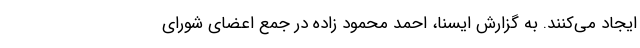
ایجاد می‌کنند. به گزارش ایسنا، احمد محمود زاده در جمع اعضای شورای